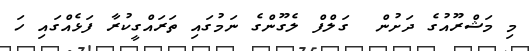
މި މަޝްރޫއުގެ ދަށުން  ގަލްފް ލެގޫންގެ ނަމުގައި ތަރައްގީކުރާ ފަޅެއްގައި ހަ